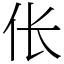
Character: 伥